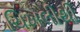
ચિખલીથી